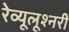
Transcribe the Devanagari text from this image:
रेव्यूलूश्नरी